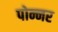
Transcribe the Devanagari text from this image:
पोन्नर